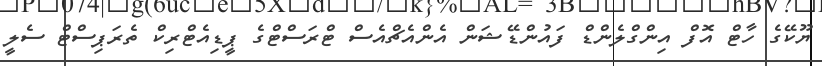
ޔޫކޭގެ ހާޓް އޮފް އިންގްލެންޑް ފައުންޑޭޝަން އެންއެޗްއެސް ޓްރަސްޓްގެ ޕީޑިއެޓްރިކް ތެރަޕިސްޓް ސެލީ